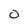
Character: O